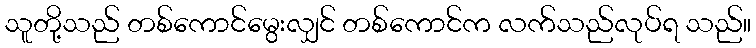
သူတို့သည် တစ်ကောင်မွေးလျှင် တစ်ကောင်က လက်သည်လုပ်ရ သည်။